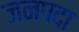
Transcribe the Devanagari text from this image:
जनपदा